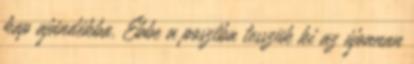
kap ajándékba. Ebbe a posztba tesszük ki az újonnan